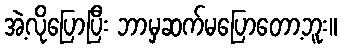
အဲ့လိုပြောပြီး ဘာမှဆက်မပြောတော့ဘူး။